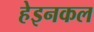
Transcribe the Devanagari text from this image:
हेइनकल